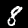
Digit: 8